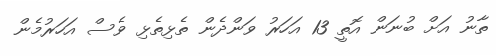
ތާނު އަށް ބުނަން އޮތީ 13 އަހަރު ވަންދެން ތެޅިތެޅި ވެސް އަހަރުމެން